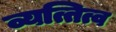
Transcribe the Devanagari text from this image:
व्यत्तित्व